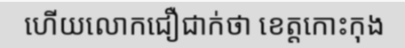
ហើយលោកជឿជាក់ថា ខេត្តកោះកុង